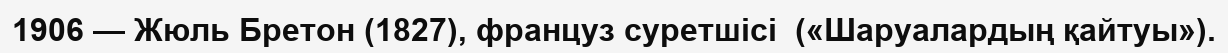
1906 — Жюль Бретон (1827), француз cуретшісі  («Шаруалардың қайтуы»).